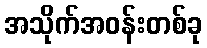
အသိုက်အဝန်းတစ်ခု